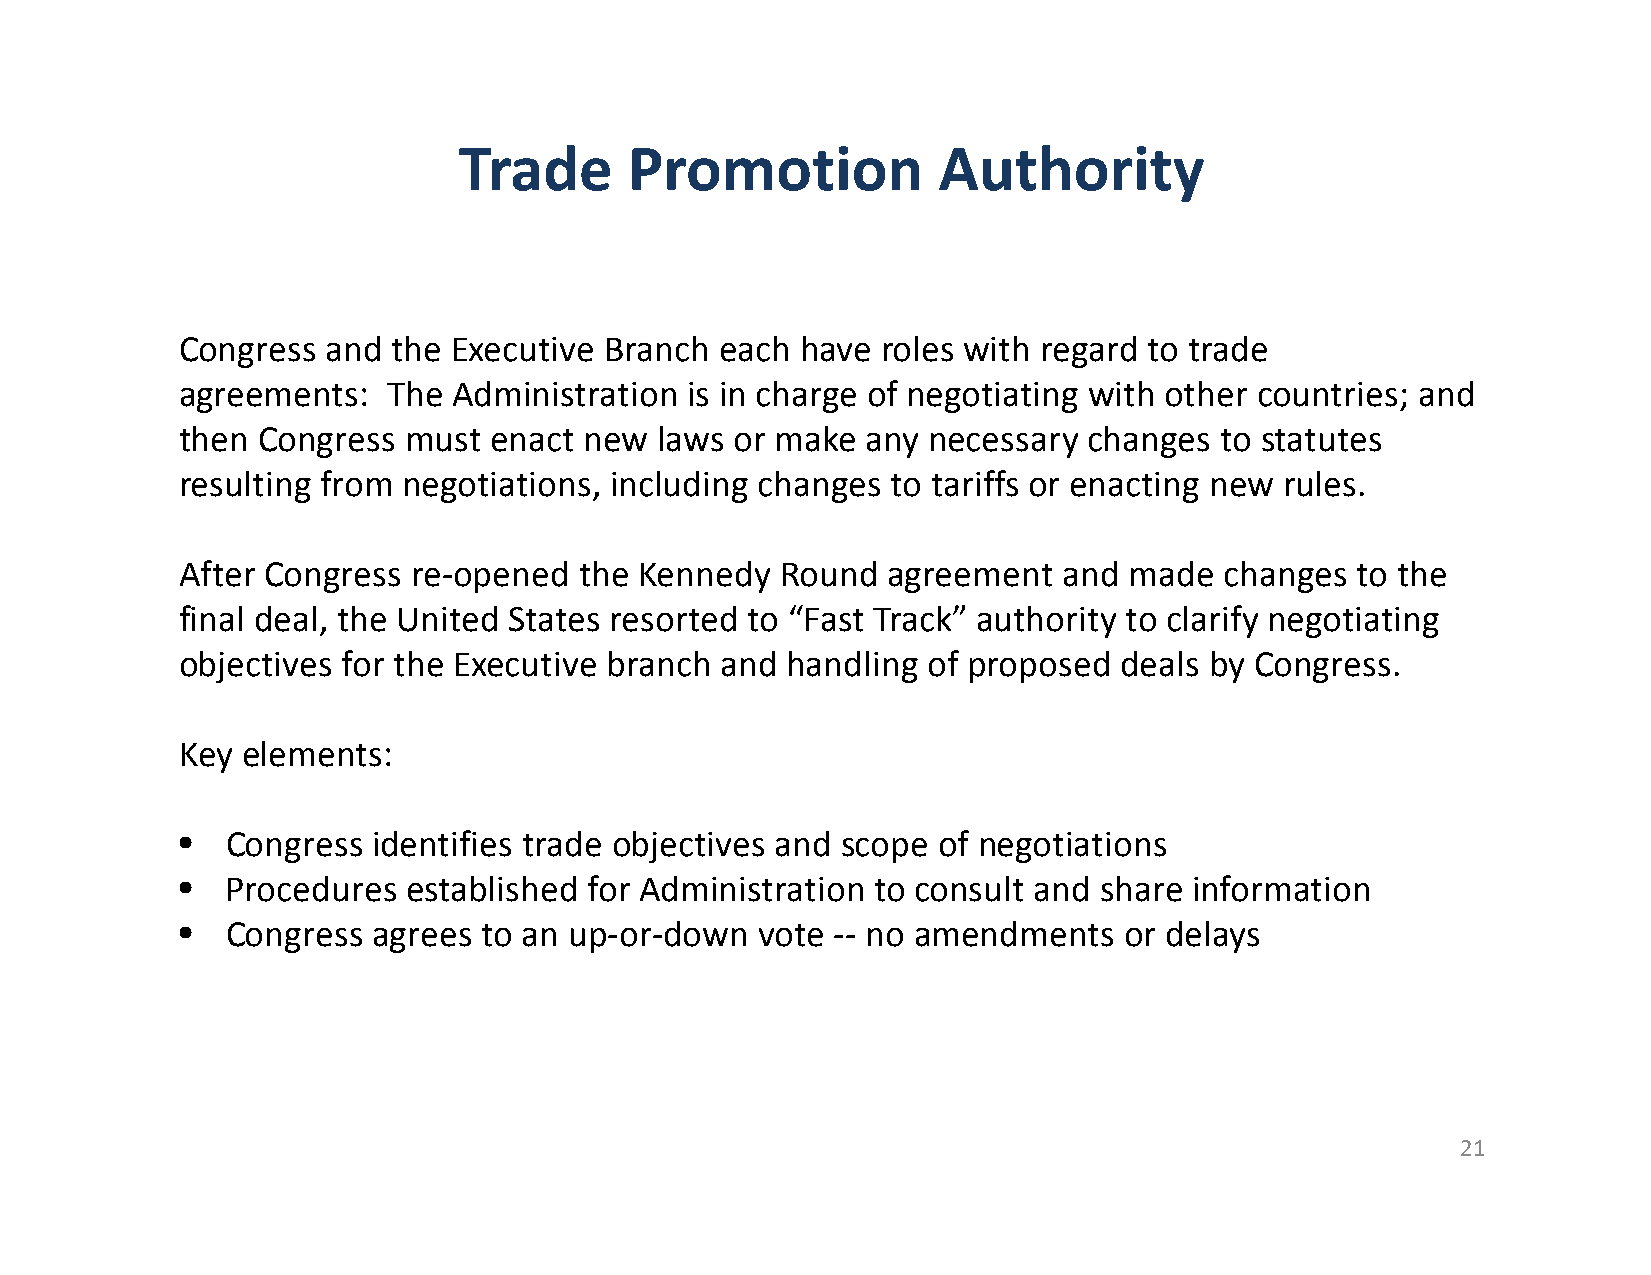
Trade       Promotion           Authority
 Congress  and the Executive Branch  each have roles with regard to trade
 agreements:   The Administration is in charge of negotiating with other countries; and
 then Congress  must enact  new laws or make  any necessary  changes  to statutes
 resulting from negotiations, including changes to tariffs or enacting new rules.
 After Congress re‐opened  the Kennedy   Round  agreement  and  made  changes  to the
 final deal, the United States resorted to “Fast Track” authority to clarify negotiating
 objectives for the Executive branch and handling of proposed  deals by Congress.
 Key elements:
 •  Congress  identifies trade objectives and scope of negotiations
 •  Procedures  established for Administration to consult and share information
 •  Congress  agrees to an up‐or‐down  vote ‐‐ no amendments   or delays
 21